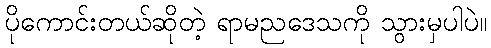
ပိုကောင်းတယ်ဆိုတဲ့ ရာမညဒေသကို သွားမှပါပဲ။